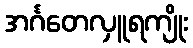
အင်္ဂတေလှူရကျိုး